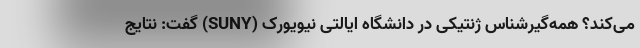
می‌کند؟ همه‌گیرشناس ژنتیکی در دانشگاه ایالتی نیویورک (SUNY) گفت: نتایج